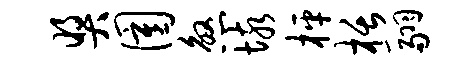
奖圉煞垓枰栝翮